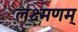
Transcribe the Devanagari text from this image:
लक्ष्मणम्